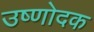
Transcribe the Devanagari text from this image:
उष्णोदक